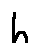
h